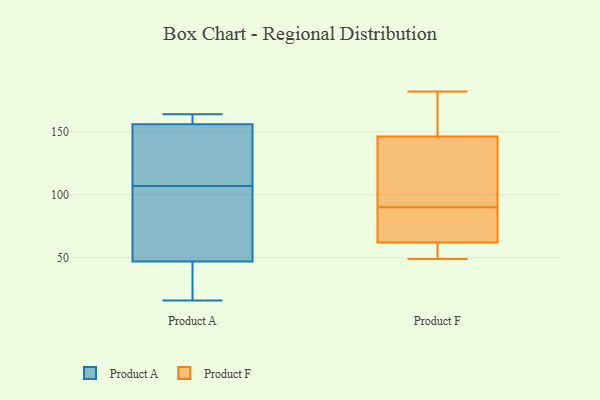
{"axis": {"x": "Revenue (USD Million)", "y": "Value"}, "legend": ["Product A", "Product F"], "data": [{"x": "", "y": 156, "type": "Product A"}, {"x": "", "y": 111, "type": "Product A"}, {"x": "", "y": 35, "type": "Product A"}, {"x": "", "y": 149, "type": "Product A"}, {"x": "", "y": 69, "type": "Product A"}, {"x": "", "y": 156, "type": "Product A"}, {"x": "", "y": 16, "type": "Product A"}, {"x": "", "y": 30, "type": "Product A"}, {"x": "", "y": 47, "type": "Product A"}, {"x": "", "y": 103, "type": "Product A"}, {"x": "", "y": 156, "type": "Product A"}, {"x": "", "y": 164, "type": "Product A"}, {"x": "", "y": 54, "type": "Product A"}, {"x": "", "y": 157, "type": "Product A"}, {"x": "", "y": 60, "type": "Product F"}, {"x": "", "y": 56, "type": "Product F"}, {"x": "", "y": 49, "type": "Product F"}, {"x": "", "y": 176, "type": "Product F"}, {"x": "", "y": 90, "type": "Product F"}, {"x": "", "y": 126, "type": "Product F"}, {"x": "", "y": 68, "type": "Product F"}, {"x": "", "y": 182, "type": "Product F"}, {"x": "", "y": 153, "type": "Product F"}, {"x": "", "y": 90, "type": "Product F"}, {"x": "", "y": 82, "type": "Product F"}]}